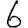
Digit: 6